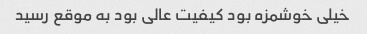
خیلی خوشمزه بود کیفیت عالی بود به موقع رسید